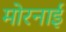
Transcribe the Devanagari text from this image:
मोरनाई